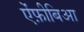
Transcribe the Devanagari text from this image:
ऐंफ़ीबिआ